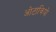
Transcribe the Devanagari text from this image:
ओटावियो